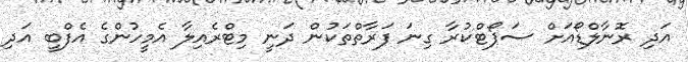
އަދި ރޮނާލްޑޯއަށް ސަޕޯޓްކުރާ ގިނަ ފަރާތްތަކުން ދަނީ މިޓްރެއިލާ އެމީހުންގެ އެފްބީ އަދި